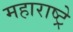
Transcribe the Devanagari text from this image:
महाराष्ट्रे